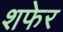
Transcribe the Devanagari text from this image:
शफेर